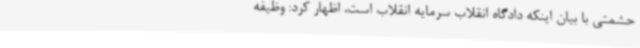
حشمتی با بیان اینکه دادگاه انقلاب سرمایه انقلاب است، اظهار کرد: وظیفه